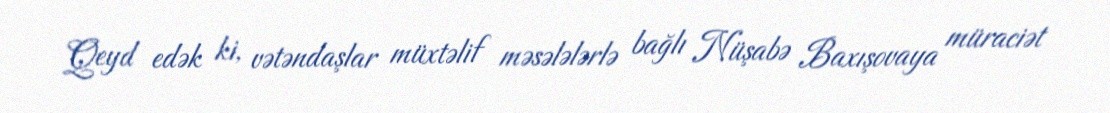
Qeyd edək ki, vətəndaşlar müxtəlif məsələlərlə bağlı Nüşabə Baxışovaya müraciət